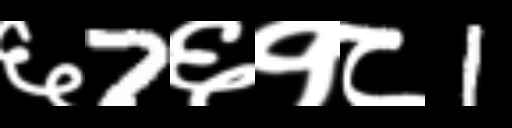
Text: ६7६१८1